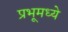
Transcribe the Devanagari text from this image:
प्रभूमध्ये